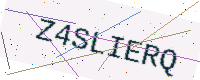
Text: Z4SLIERQ